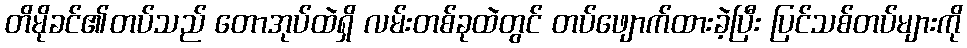
တိမိုခင်၏တပ်သည် တောအုပ်ထဲရှိ လမ်းတစ်ခုထဲတွင် တပ်ဖျောက်ထားခဲ့ပြီး ပြင်သစ်တပ်များကို